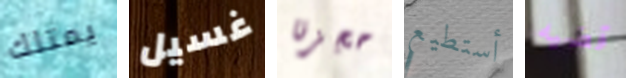
يمتلك غسيل حجزنا أستطيع قضيه